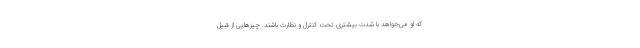
که او می‌خواهد با شدت بیشتری تحت کنترل و نظارت باشند. چیزهایی از قبیل